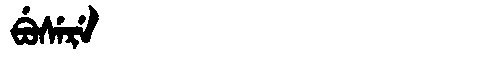
Manchu: ᠪᡠᠰᡝᡵᡝ
Romanization: BUSERE